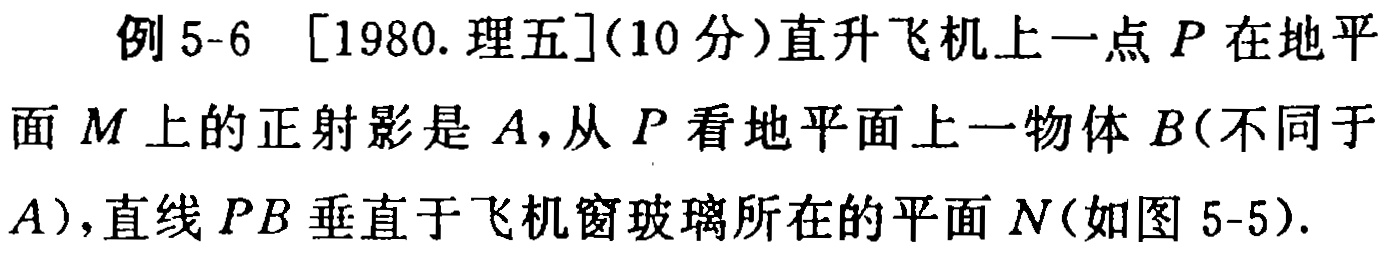
例 5-6 [1980.理五](10 分)直升飞机上一点 \(P\) 在地平面 \(M\) 上的正射影是 \(A\)，从 \(P\) 看地平面上一物体 \(B\)（不同于 \(A\)），直线 \(PB\) 垂直于飞机窗玻璃所在的平面 \(N\)（如图 5-5）.